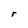
Character: r